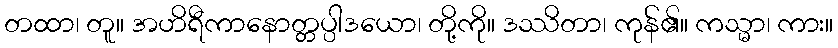
တထာ၊ တူ။ အဟိရီကာနောတ္တပ္ပါဒယော၊ တို့ကို။ ဒဿိတာ၊ ကုန်၏။ ကသ္မာ၊ ကား။